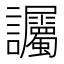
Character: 𫍘